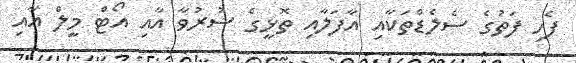
ފެހި ފަތުގެ ސެލެޑްތަކާއި އާފަލާއި ތޮޅީގެ ސުރުވާ އާއި އޯޓް މީލް އާއި